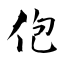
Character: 佨